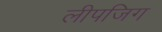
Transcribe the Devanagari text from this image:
लीपजिग